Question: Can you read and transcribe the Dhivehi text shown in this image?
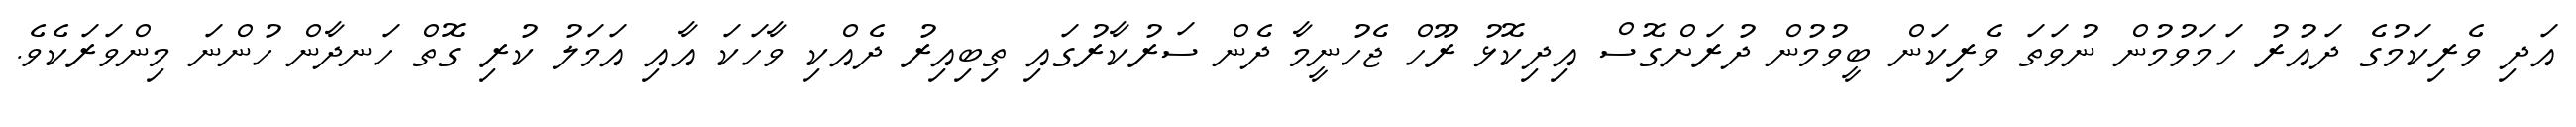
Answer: އަދި ވެރިކަމުގެ ދައުރު ހަމަވުމުން ނުވަތަ ވެރިކަން ބީވުމުން ދުރަށްގޮސް އިދިކޮޅު ރޫހް ޖެހުނީމާ ދެން ސަރުކާރުގައި ތިބިއިރު ދެއްކި ވާހަކަ އާއި އަމަލު ކުރި ގޮތް ހަނދާން ހުންނަ މިންވަރަކެވެ.